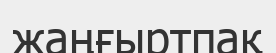
жаңғыртпақ